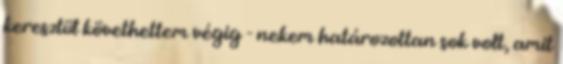
keresztül követhettem végig - nekem határozottan sok volt, amit